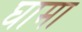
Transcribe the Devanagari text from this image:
घामा